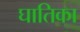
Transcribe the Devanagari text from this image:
घातिका